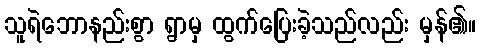
သူရဲဘောနည်းစွာ ရွာမှ ထွက်ပြေးခဲ့သည်လည်း မှန်၏။